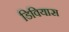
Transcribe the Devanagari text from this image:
डिवियास